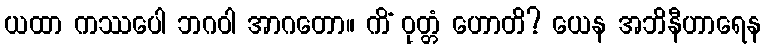
ယထာ ကဿပေါ ဘဂဝါ အာဂတော။ ကိံ ဝုတ္တံ ဟောတိ? ယေန အဘိနီဟာရေန